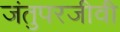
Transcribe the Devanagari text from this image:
जंतुपरजीवी